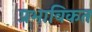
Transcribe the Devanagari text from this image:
प्रभाविकत